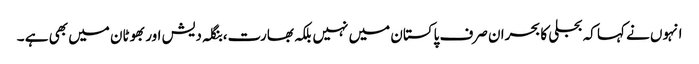
انہوں نے کہا کہ بجلی کا بحران صرف پاکستان میں نہیں بلکہ بھارت،بنگلہ دیش اور بھوٹان میں بھی ہے ۔